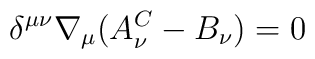
\delta^{\mu\nu}\nabla_\mu(A^C_\nu-B_\nu)=0